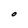
Character: O